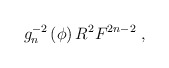
\begin{align*}g_n^{-2}\left(\phi\right) R^2 F^{2n-2}\ ,\end{align*}